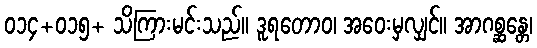
၀၁၄+၀၁၅+ သိကြားမင်းသည်။ ဒူရတောဝ၊ အဝေးမှလျှင်။ အာဂစ္ဆန္တေ၊